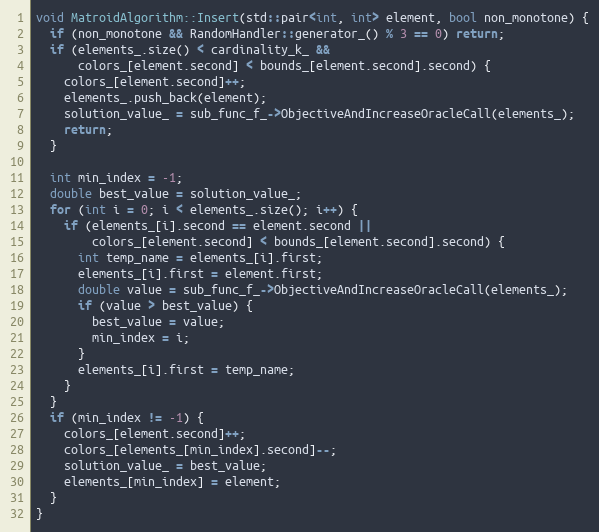
Language: C++
void MatroidAlgorithm::Insert(std::pair<int, int> element, bool non_monotone) {
  if (non_monotone && RandomHandler::generator_() % 3 == 0) return;
  if (elements_.size() < cardinality_k_ &&
      colors_[element.second] < bounds_[element.second].second) {
    colors_[element.second]++;
    elements_.push_back(element);
    solution_value_ = sub_func_f_->ObjectiveAndIncreaseOracleCall(elements_);
    return;
  }

  int min_index = -1;
  double best_value = solution_value_;
  for (int i = 0; i < elements_.size(); i++) {
    if (elements_[i].second == element.second ||
        colors_[element.second] < bounds_[element.second].second) {
      int temp_name = elements_[i].first;
      elements_[i].first = element.first;
      double value = sub_func_f_->ObjectiveAndIncreaseOracleCall(elements_);
      if (value > best_value) {
        best_value = value;
        min_index = i;
      }
      elements_[i].first = temp_name;
    }
  }
  if (min_index != -1) {
    colors_[element.second]++;
    colors_[elements_[min_index].second]--;
    solution_value_ = best_value;
    elements_[min_index] = element;
  }
}